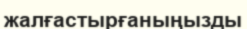
жалғастырғаныңызды